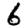
Digit: 6